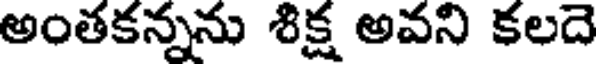
అంతకన్నను శిక్ష అవని కలదె